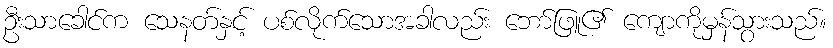
ဦးသာခေါင်က သေနတ်နှင့် ပစ်လိုက်သောအခါလည်း ဘော်ဖြူ၏ ကျောကိုမှန်သွားသည်။